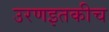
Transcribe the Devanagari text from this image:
उरणइतकीच